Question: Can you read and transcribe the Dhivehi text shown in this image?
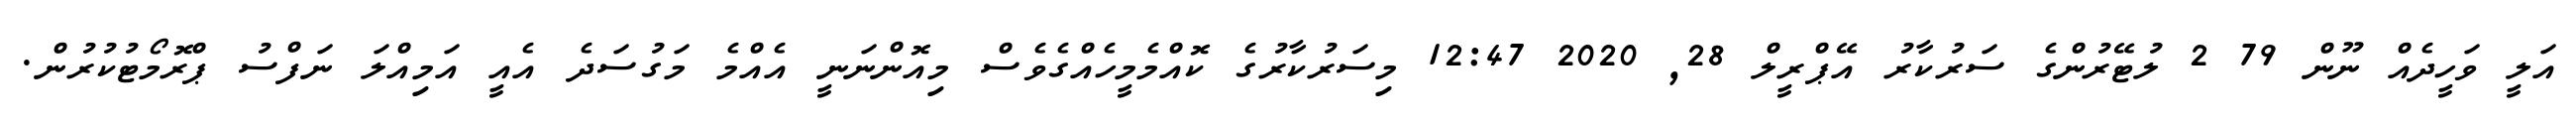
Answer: އަލީ ވަހީދެއް ނޫން 79 2 ލުޓޭރުންގެ ސަރުކާރު އޭޕްރީލް 28, 2020 12:47 މިސަރުކާރުގެ ކޮއްމެމީހެއްގެވެސް މިއޮންނަނީ އެއްމެ މަގުސަދެ އެއީ އަމިއްލަ ނަފްސު ޕްރޮމޯޓުކުރުން.